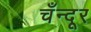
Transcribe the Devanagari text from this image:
चँन्दूर